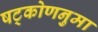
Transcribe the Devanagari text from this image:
षट्कोणनुमा